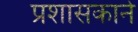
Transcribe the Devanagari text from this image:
प्रशासकाने